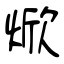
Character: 焮